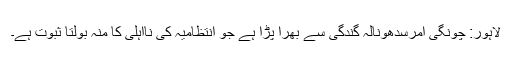
لاہور: چونگی امرسدھونالہ گندگی سے بھرا پڑا ہے جو انتظامیہ کی نااہلی کا منہ بولتا ثبوت ہے۔